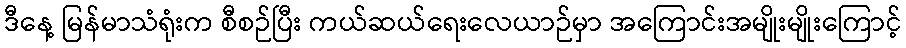
ဒီနေ့ မြန်မာသံရုံးက စီစဉ်ပြီး ကယ်ဆယ်ရေးလေယာဉ်မှာ အကြောင်းအမျိုးမျိုးကြောင့်